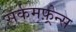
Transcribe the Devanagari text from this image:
सर्कमफ़्रेन्स